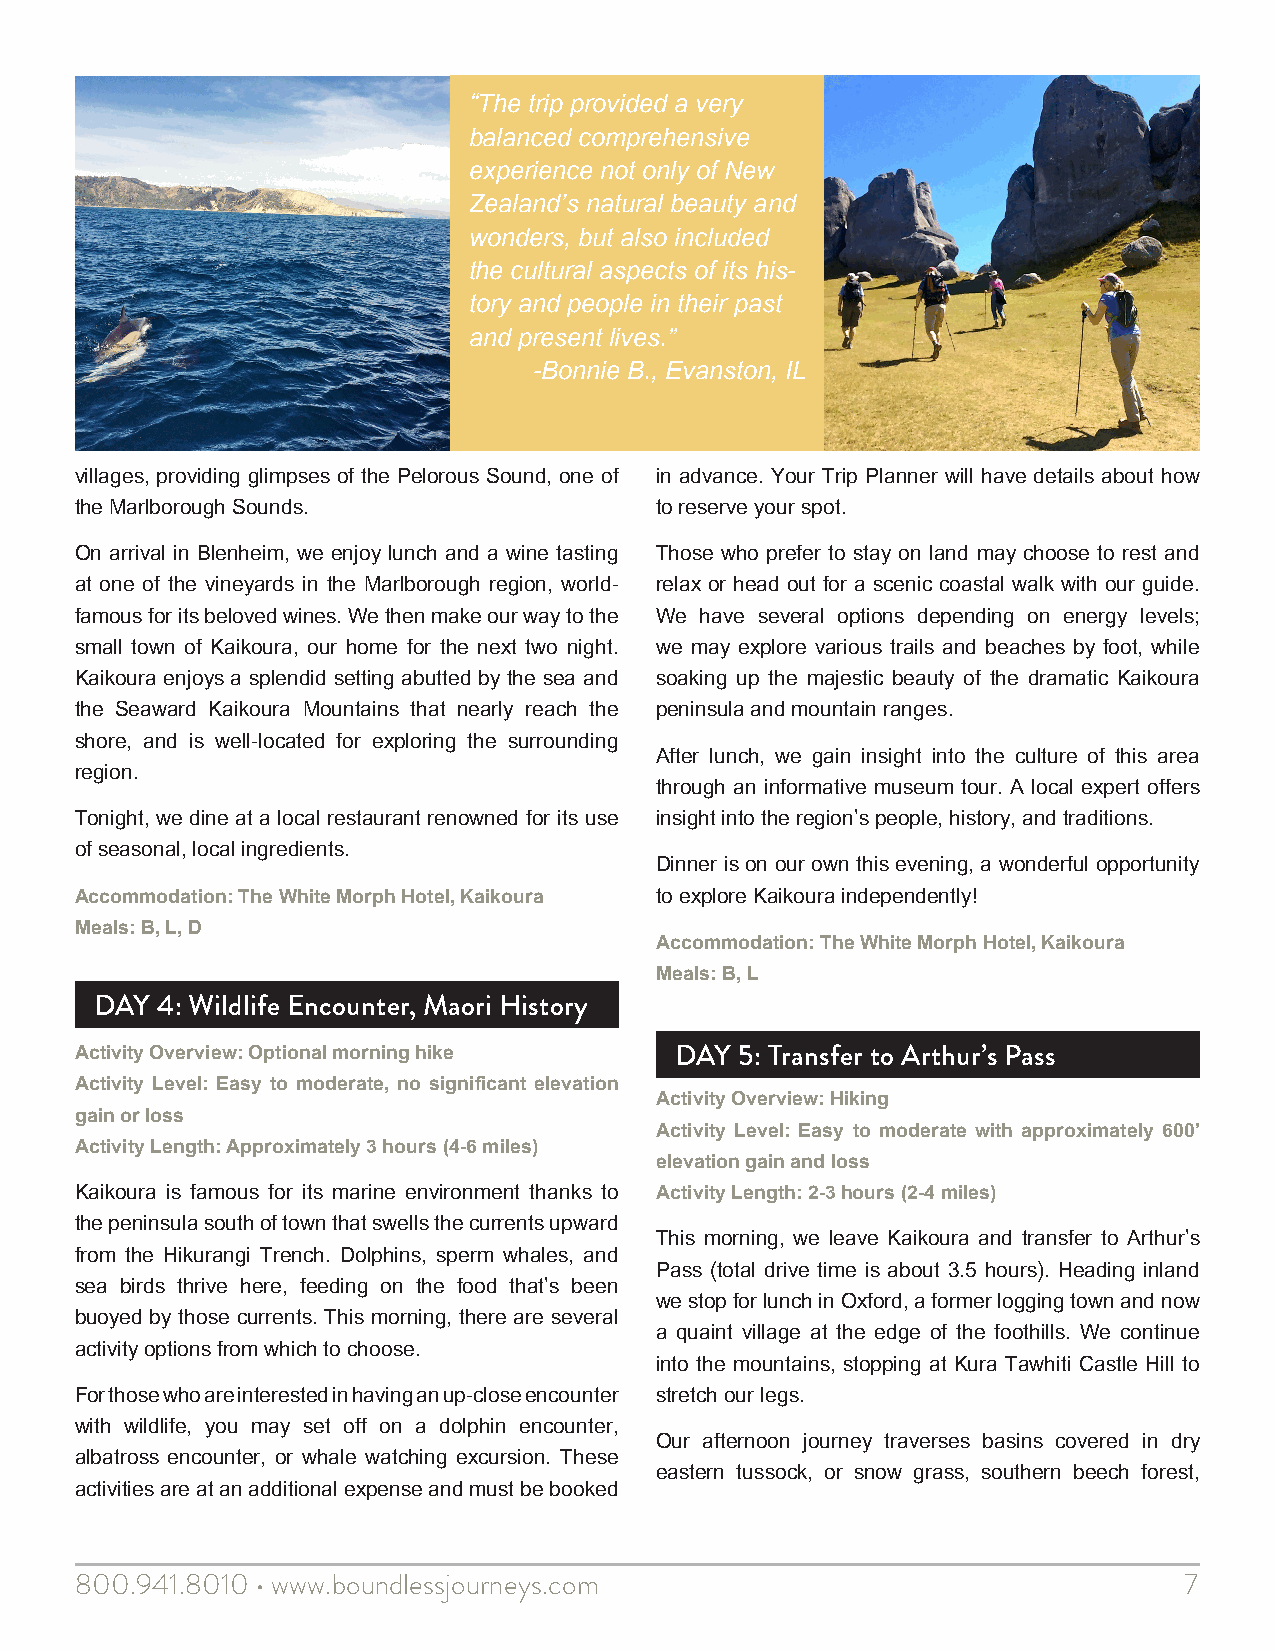
“The trip provided a very
 balanced comprehensive
 experience not only of New
 Zealand’s natural beauty and
 wonders, but also included
 the cultural aspects of its his-
 tory and people in their past
 and present lives.”
 -Bonnie B., Evanston, IL
 villages, providing glimpses of the Pelorous Sound, one of in advance. Your Trip Planner will have details about how
 the Marlborough Sounds.               to reserve your spot.
 On arrival in Blenheim, we enjoy lunch and a wine tasting Those who prefer to stay on land may choose to rest and
 at one of the vineyards in the Marlborough region, world- relax or head out for a scenic coastal walk with our guide.
 famous for its beloved wines. We then make our way to the We have several options depending on energy levels;
 small town of Kaikoura, our home for the next two night. we may explore various trails and beaches by foot, while
 Kaikoura enjoys a splendid setting abutted by the sea and soaking up the majestic beauty of the dramatic Kaikoura
 the Seaward Kaikoura Mountains that nearly reach the peninsula and mountain ranges.
 shore, and is well-located for exploring the surrounding
 After lunch, we gain insight into the culture of this area
 region.
 through an informative museum tour. A local expert offers
 Tonight, we dine at a local restaurant renowned for its use insight into the region’s people, history, and traditions.
 of seasonal, local ingredients.
 Dinner is on our own this evening, a wonderful opportunity
 Accommodation: The White Morph Hotel, Kaikoura to explore Kaikoura independently!
 Meals: B, L, D
 Accommodation: The White Morph Hotel, Kaikoura
 Meals: B, L
 DAY 4: Wildlife Encounter, Maori History
 Activity Overview: Optional morning hike DAY 5: Transfer to Arthur’s Pass
 Activity Level: Easy to moderate, no significant elevation
 Activity Overview: Hiking
 gain or loss
 Activity Level: Easy to moderate with approximately 600’
 Activity Length: Approximately 3 hours (4-6 miles)
 elevation gain and loss
 Kaikoura is famous for its marine environment thanks to Activity Length: 2-3 hours (2-4 miles)
 the peninsula south of town that swells the currents upward
 This morning, we leave Kaikoura and transfer to Arthur’s
 from the Hikurangi Trench. Dolphins, sperm whales, and
 Pass (total drive time is about 3.5 hours). Heading inland
 sea birds thrive here, feeding on the food that’s been
 we stop for lunch in Oxford, a former logging town and now
 buoyed by those currents. This morning, there are several
 a quaint village at the edge of the foothills. We continue
 activity options from which to choose.
 into the mountains, stopping at Kura Tawhiti Castle Hill to
 For those who are interested in having an up-close encounter stretch our legs.
 with wildlife, you may set off on a dolphin encounter,
 Our afternoon journey traverses basins covered in dry
 albatross encounter, or whale watching excursion. These
 eastern tussock, or snow grass, southern beech forest,
 activities are at an additional expense and must be booked
 800.941.8010 • www.boundlessjourneys.com                                 7